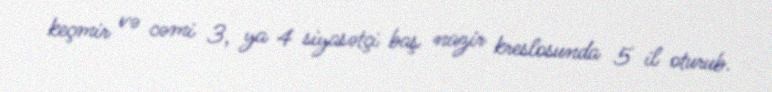
keçmir və cəmi 3, ya 4 siyasətçi baş nazir kreslosunda 5 il oturub.